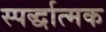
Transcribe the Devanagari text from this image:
स्पर्द्धात्मक